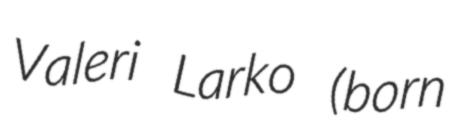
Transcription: Valeri Larko (born